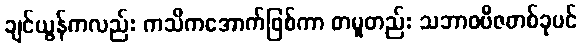
ချင်ယွန်ကလည်း ကသိကအောက်ဖြစ်ကာ တမူတည်း သဘာဝဗီဇတစ်ခုပင်